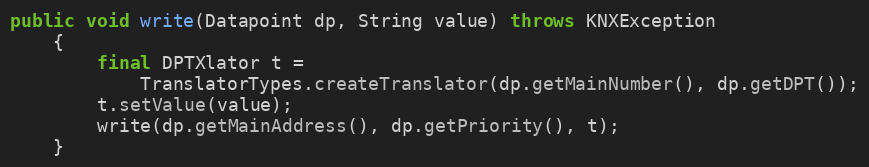
Language: Java
public void write(Datapoint dp, String value) throws KNXException
	{
		final DPTXlator t =
			TranslatorTypes.createTranslator(dp.getMainNumber(), dp.getDPT());
		t.setValue(value);
		write(dp.getMainAddress(), dp.getPriority(), t);
	}